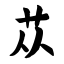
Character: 苁